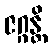
ဇဂ္ဂန္တိ